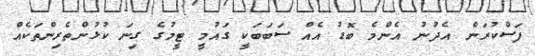
ފަސްކުރަން އެދުނު އެންމެ ބޮޑު އެއް ސަބަބަކީ ގައުމީ ޓީމުގެ ގިނަ ކުޅުންތެރިންތަކެއް